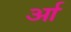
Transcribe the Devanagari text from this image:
र्आ